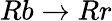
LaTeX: Rb\rightarrow Rr